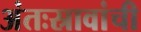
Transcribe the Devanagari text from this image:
अंतःस्रावांची